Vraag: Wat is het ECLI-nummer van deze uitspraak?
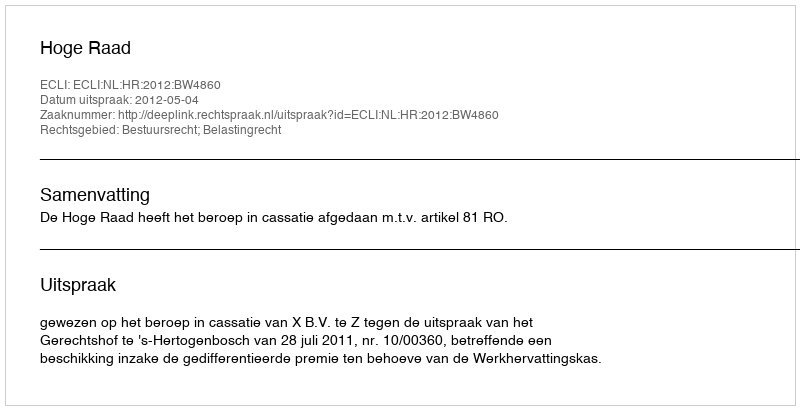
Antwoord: ECLI:NL:HR:2012:BW4860